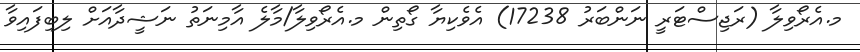
މ.އެރޯވިލާ (ރަޖިސްޓަރީ ނަންބަރު 17238) އެވެކިޔާ ގޯތިން މ.އެރޯވިލާ/މާލެ އާމިނަތު ނަޝީދާއަށް ލިބިފައިވާ